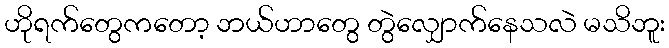
ဟိုရက်တွေကတော့ ဘယ်ဟာတွေ တွဲလျှောက်နေသလဲ မသိဘူး